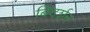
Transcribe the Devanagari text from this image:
बिदर्शन